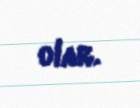
olar.